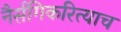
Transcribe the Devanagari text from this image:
नैर्सगिकरित्याच